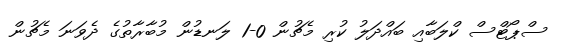
ސްޕޯޓްސް ކްލަބާއި ބައްދަލު ކުރި މެޗުން 0-1 ލަނޑުން މުބާރާތުގެ ދެވަނަ މެޗުން